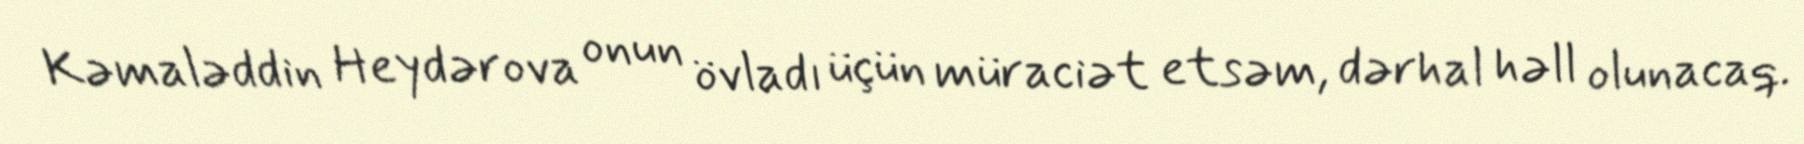
Kəmaləddin Heydərova onun övladı üçün müraciət etsəm, dərhal həll olunacaq.